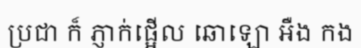
ប្រជា ក៏ ភ្ញាក់ផ្អើល ឆោឡោ អឺង កង